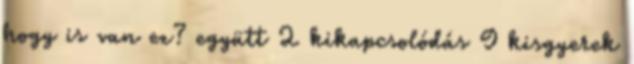
hogy is van ez? együtt 2 kikapcsolódás 9 kisgyerek